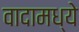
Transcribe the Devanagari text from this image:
वादामध्ये